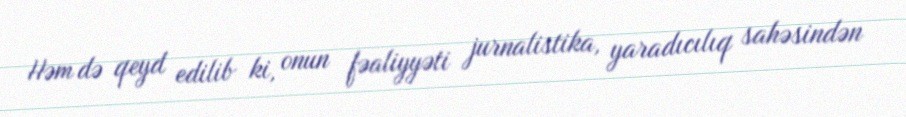
Həm də qeyd edilib ki, onun fəaliyyəti jurnalistika, yaradıcılıq sahəsindən